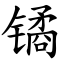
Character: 𫔎